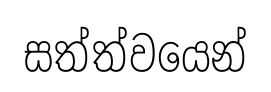
සත්ත්වයෙන්